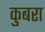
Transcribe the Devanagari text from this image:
कुबरा